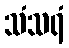
သံသရံ